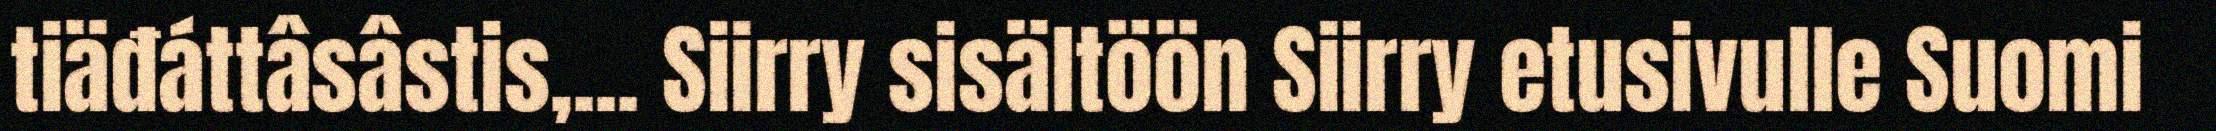
tiäđáttâsâstis,... Siirry sisältöön Siirry etusivulle Suomi